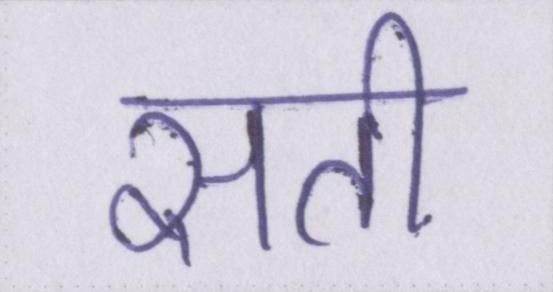
सती